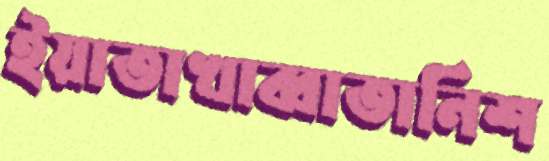
ইয়াতাখাব্বাতানিশ